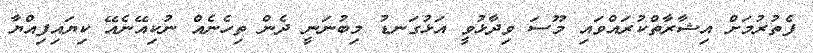
ފެތުރުމަށް އިޝާރާތްކުރައްވައި މޫސަ ވިދާޅުވީ އަޅުގަނޑު މިބުނަނީ ދެން ތިހެނެއް ނުކިއޭނެއޭ ކިޔައިފިއްޔާ